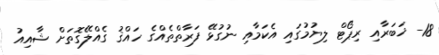
18- ޚަބަރާއި ރިޕޯޓް ލިޔުމުގައި އެކަމާއި ނުގުޅޭ ފަރާތްތެއްގެ ހައްޤު ގެއްލޭގޮތަށް ޝާއިއު